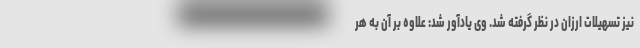
نیز تسهیلات ارزان در نظر گرفته شد. وی یادآور شد: علاوه بر آن به هر